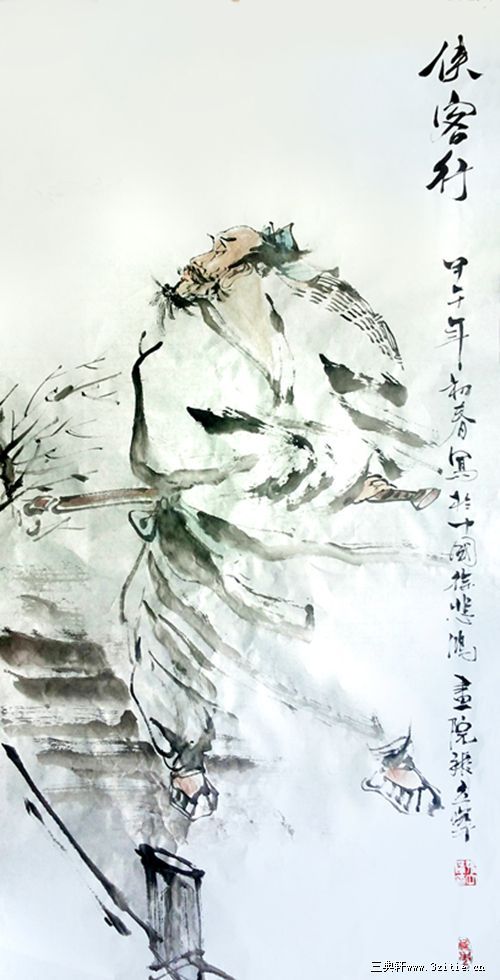
银鞍照白马，飒沓如流星。